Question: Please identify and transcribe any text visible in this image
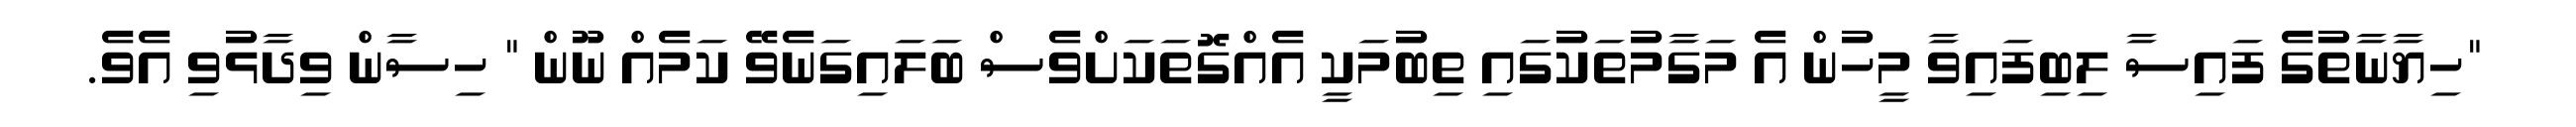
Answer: "ހިޔާނާތުގެ ފައިސާ ލިބިފައިވާ މީހުން އެ މަގާމުތަކުގައި ތިބުމަކީ އެއްގޮތަކަށްވެސް ބަލައިގަނެވޭ ކަމެއް ނޫން " ހިސާން ވިދާޅުވި އެވެ.